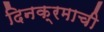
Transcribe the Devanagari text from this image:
दिनक्रमाची